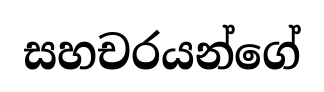
සහචරයන්ගේ